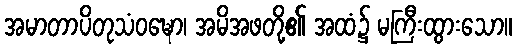
အမာတာပိတုသံဝဍ္ဎော၊ အမိအဖတို့၏ အထံ၌ မကြီးထွားသော။